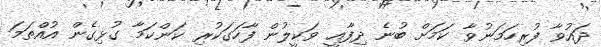
ދައުވާ ފުރިހަމަނުވާ ކަމަށް ބުނެ ދިފާއީ ވަކީލުން ފާހަގަކުރި ކަންކަމާ ގުޅިގެން އުއްތަމަ